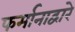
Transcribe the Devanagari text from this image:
फर्मानाद्वारे